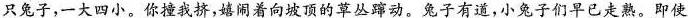
只兔子，一大四小。你撞我挤，嬉闹着向坡顶的草丛蹿动。兔子有道，小兔子们早已走熟。即使